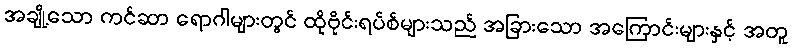
အချို့သော ကင်ဆာ ရောဂါများတွင် ထိုဗိုင်းရပ်စ်များသည် အခြားသော အကြောင်းများနှင့် အတူ